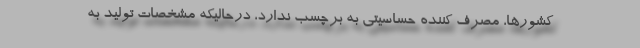
کشورها، مصرف کننده حساسیتی به برچسب ندارد، درحالیکه مشخصات تولید به